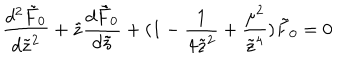
\frac { d ^ { 2 } \tilde { F } _ { 0 } } { d \tilde { z } ^ { 2 } } + \tilde { z } \frac { d \tilde { F } _ { 0 } } { d \tilde { z } } + ( 1 - \frac { 1 } { 4 \tilde { z } ^ { 2 } } + \frac { \mu ^ { 2 } } { \tilde { z } ^ { 4 } } ) \tilde { F } _ { 0 } = 0